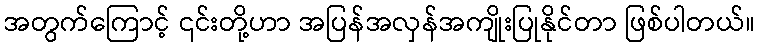
အတွက်ကြောင့် ၎င်းတို့ဟာ အပြန်အလှန်အကျိုးပြုနိုင်တာ ဖြစ်ပါတယ်။